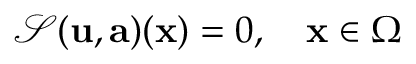
\mathcal { S } ( \mathbf { u } , \mathbf { a } ) ( \mathbf { x } ) = 0 , \quad \mathbf { x } \in \Omega